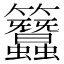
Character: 𥸢